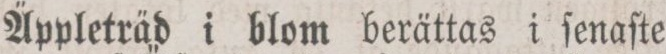
Äppleträd i blom berättas i ſenaſte